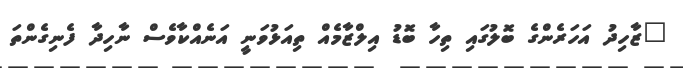
"ޒާހިދު އަހަރެންގެ ބޮލުގައި ތިހާ ބޮޑު އިލްޒާމެއް ތިއަޅުވަނީ އަނެއްކާވެސް ނާހިދާ ފެނިގެންތަ